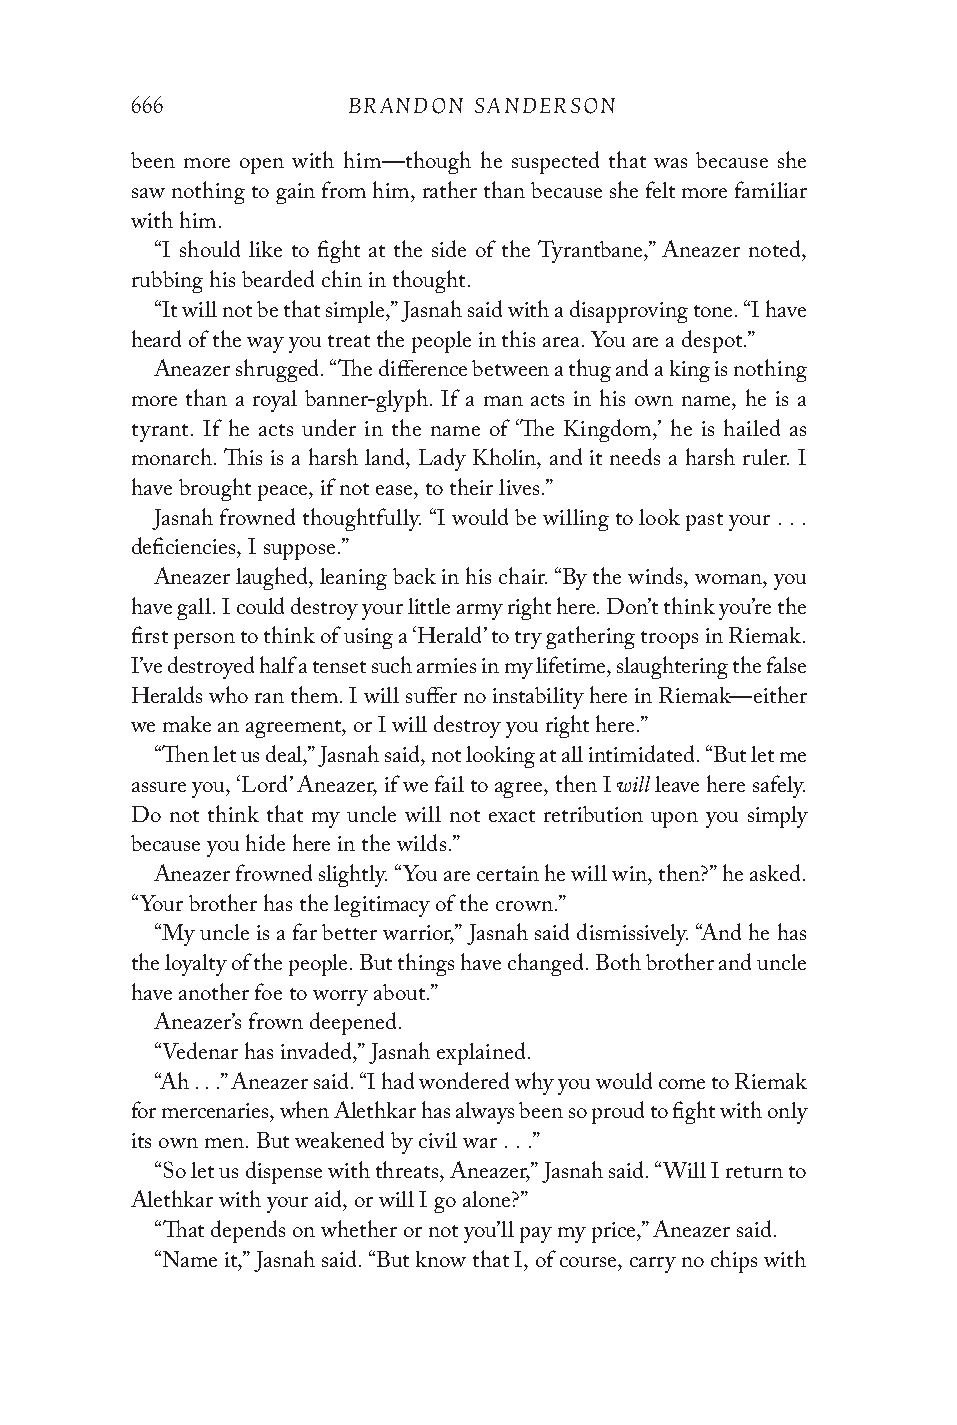
666           BRANDON SANDERSON
 been more open with him—though he suspected that was because she
 saw nothing to gain from him, rather than because she felt more familiar
 with him.
 “I should like to fight at the side of the Tyrantbane,” Aneazer noted,
 rubbing his bearded chin in thought.
 “It will not be that simple,” Jasnah said with a disapproving tone. “I have
 heard of the way you treat the people in this area. You are a despot.”
 Aneazer shrugged. “The difference between a thug and a king is nothing
 more than a royal banner-glyph. If a man acts in his own name, he is a
 tyrant. If he acts under in the name of ‘The Kingdom,’ he is hailed as
 monarch. This is a harsh land, Lady Kholin, and it needs a harsh ruler. I
 have brought peace, if not ease, to their lives.”
 Jasnah frowned thoughtfully. “I would be willing to look past your . . .
 deficiencies, I suppose.”
 Aneazer laughed, leaning back in his chair. “By the winds, woman, you
 have gall. I could destroy your little army right here. Don’t think you’re the
 first person to think of using a ‘Herald’ to try gathering troops in Riemak.
 I’ve destroyed half a tenset such armies in my lifetime, slaughtering the false
 Heralds who ran them. I will suffer no instability here in Riemak—either
 we make an agreement, or I will destroy you right here.”
 “Then let us deal,” Jasnah said, not looking at all intimidated. “But let me
 will
 assure you, ‘Lord’ Aneazer, if we fail to agree, then I leave here safely.
 Do not think that my uncle will not exact retribution upon you simply
 because you hide here in the wilds.”
 Aneazer frowned slightly. “You are certain he will win, then?” he asked.
 “Your brother has the legitimacy of the crown.”
 “My uncle is a far better warrior,” Jasnah said dismissively. “And he has
 the loyalty of the people. But things have changed. Both brother and uncle
 have another foe to worry about.”
 Aneazer’s frown deepened.
 “Vedenar has invaded,” Jasnah explained.
 “Ah . . .” Aneazer said. “I had wondered why you would come to Riemak
 for mercenaries, when Alethkar has always been so proud to fight with only
 its own men. But weakened by civil war . . .”
 “So let us dispense with threats, Aneazer,” Jasnah said. “Will I return to
 Alethkar with your aid, or will I go alone?”
 “That depends on whether or not you’ll pay my price,” Aneazer said.
 “Name it,” Jasnah said. “But know that I, of course, carry no chips with